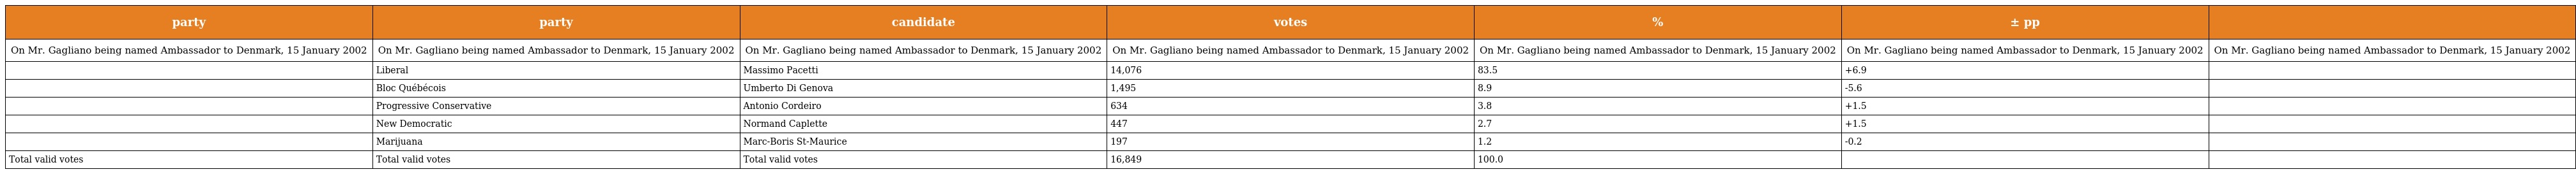
| party | party | candidate | votes | % | ± pp |  |
 | --- | --- | --- | --- | --- | --- | --- |
 | On Mr. Gagliano being named Ambassador to Denmark, 15 January 2002 | On Mr. Gagliano being named Ambassador to Denmark, 15 January 2002 | On Mr. Gagliano being named Ambassador to Denmark, 15 January 2002 | On Mr. Gagliano being named Ambassador to Denmark, 15 January 2002 | On Mr. Gagliano being named Ambassador to Denmark, 15 January 2002 | On Mr. Gagliano being named Ambassador to Denmark, 15 January 2002 | On Mr. Gagliano being named Ambassador to Denmark, 15 January 2002 |
 |  | Liberal | Massimo Pacetti | 14,076 | 83.5 | +6.9 |  |
 |  | Bloc Québécois | Umberto Di Genova | 1,495 | 8.9 | -5.6 |  |
 |  | Progressive Conservative | Antonio Cordeiro | 634 | 3.8 | +1.5 |  |
 |  | New Democratic | Normand Caplette | 447 | 2.7 | +1.5 |  |
 |  | Marijuana | Marc-Boris St-Maurice | 197 | 1.2 | -0.2 |  |
 | Total valid votes | Total valid votes | Total valid votes | 16,849 | 100.0 |  |  |